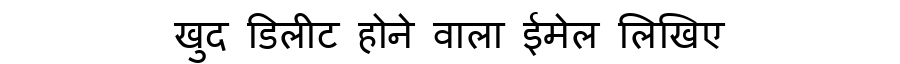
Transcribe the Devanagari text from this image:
खुद डिलीट होने वाला ईमेल लिखिए